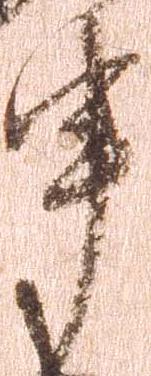
申